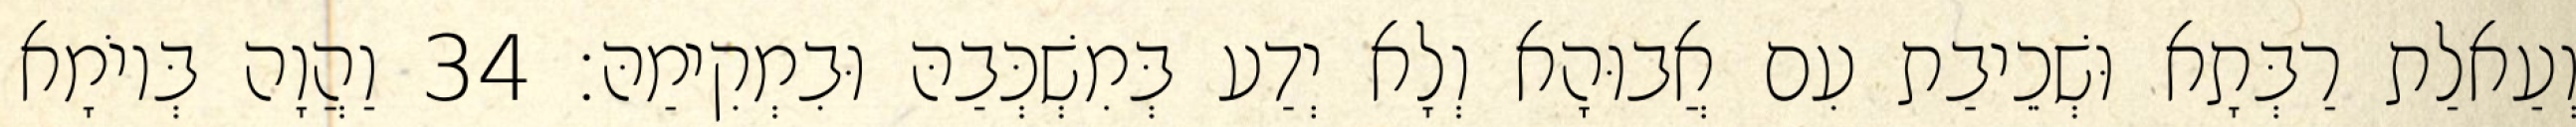
וְעַאלַת רַבְּתָא וּשְׁכֵיבַת עִם אֲבוּהָא וְלָא יְדַע בְּמִשְׁכְּבַהּ וּבִמְקִימַהּ׃ 34 וַהֲוָה בְּיוֹמָא